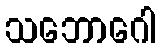
သဘောဂေါ